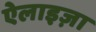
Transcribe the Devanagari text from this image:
ऐलाइज़ा